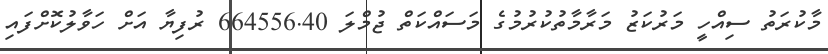
މާކުރަތު ސިއްހީ މަރުކަޒު މަރާމާތުކުރުމުގެ މަސައްކަތް ޖުމްލަ 664556.40 ރުފިޔާ އަށް ހަވާލުކޮށްފައި